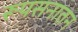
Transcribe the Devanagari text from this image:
रूपसनातन